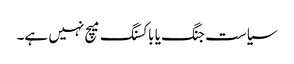
سیاست جنگ یا باکسنگ میچ نہیں ہے۔